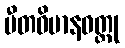
ပီတဝိမာနဝတ္ထု